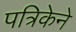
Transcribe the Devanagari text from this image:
पत्रिकेने